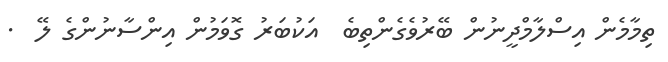
ތިމާމެން އިސްލާމްދީނުން ބޭރުވެގެންތިބެ  އަކުބަރު ގޮވަމުން އިންސާނުންގެ ލޭ  .